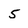
Character: 5